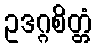
ဥဒဂ္ဂစိတ္တံ